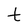
Character: t